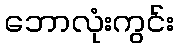
ဘောလုံးကွင်း